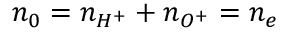
n _ { 0 } = n _ { H ^ { + } } + n _ { O ^ { + } } = n _ { e }